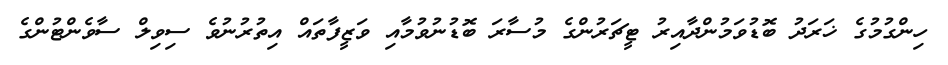
ހިންގުމުގެ ޚަރަދު ބޮޑުވަމުންދާއިރު ޓީޗަރުންގެ މުސާރަ ބޮޑުނުވުމާއި ވަޒީފާތައް އިތުރުނުވެ ސިވިލް ސާވެންޓުންގެ